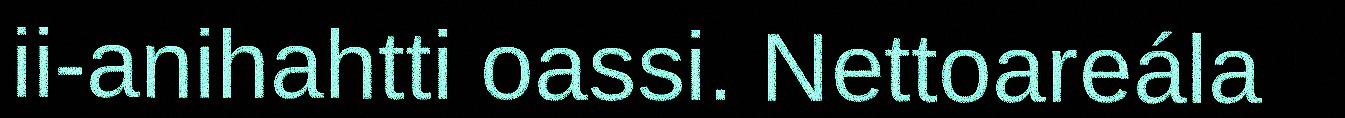
ii-anihahtti oassi. Nettoareála